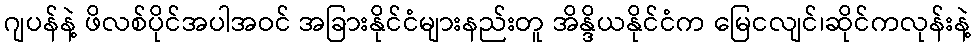
ဂျပန်နဲ့ ဖိလစ်ပိုင်အပါအဝင် အခြားနိုင်ငံများနည်းတူ အိန္ဒိယနိုင်ငံက မြေငလျင်၊ဆိုင်ကလုန်းနဲ့